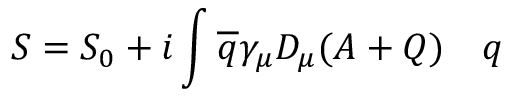
S = S _ { 0 } + i \int { \overline { { q } } } \gamma _ { \mu } D _ { \mu } ( A + Q ) \quad q